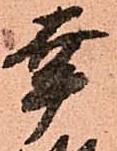
幸